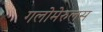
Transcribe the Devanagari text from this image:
गलोमेरुलस